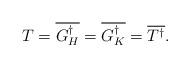
LaTeX: \begin{align*}T = \overline{G^\dagger_H} = \overline{G^\dagger_K} = \overline{T^\dagger}.\end{align*}